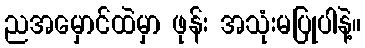
ညအမှောင်ထဲမှာ ဖုန်း အသုံးမပြုပါနဲ့။